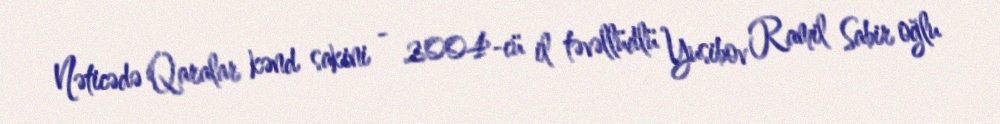
Nəticədə Qaralar kənd sakini - 2004-cü il təvəllüdlü Yusibov Ramil Sabir oğlu